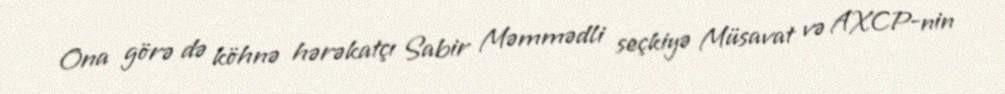
Ona görə də köhnə hərəkatçı Sabir Məmmədli seçkiyə Müsavat və AXCP-nin